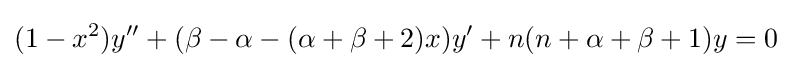
(1-x^{2})y''+(\beta -\alpha -(\alpha +\beta +2)x)y'+n(n+\alpha +\beta +1)y=0~